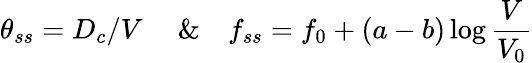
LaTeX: \theta_{ss}=D_{c}/V~~~~~\& ~~~~f_{ss}=f_{0}+(a-b)\log{\frac{V}{V_{0}}}